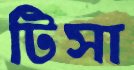
টিসা